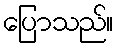
ပြောသည်။